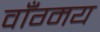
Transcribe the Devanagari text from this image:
वाँग्मय